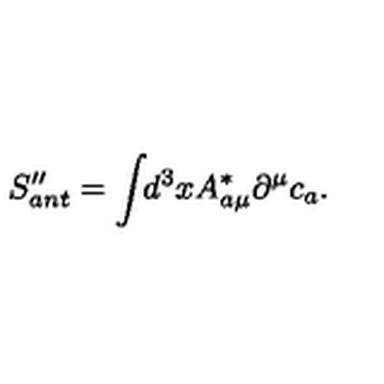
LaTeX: S _ { a n t } ^ { \prime \prime } = \int \! \! d ^ { 3 } x A _ { a \mu } ^ { * } \partial ^ { \mu } c _ { a } .